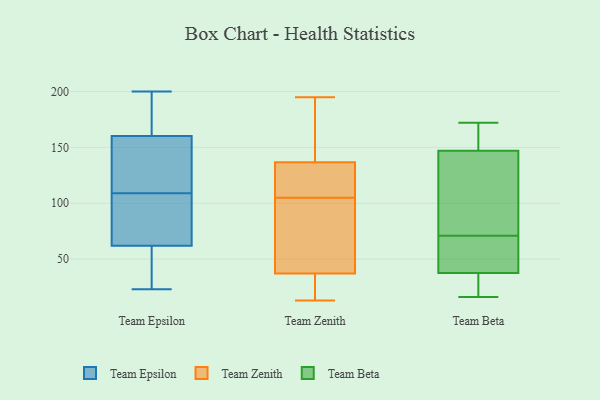
{"axis": {"x": "LTV (USD)", "y": "Value"}, "legend": ["Team Beta", "Team Epsilon", "Team Zenith"], "data": [{"x": "", "y": 104, "type": "Team Epsilon"}, {"x": "", "y": 23, "type": "Team Epsilon"}, {"x": "", "y": 90, "type": "Team Epsilon"}, {"x": "", "y": 143, "type": "Team Epsilon"}, {"x": "", "y": 118, "type": "Team Epsilon"}, {"x": "", "y": 171, "type": "Team Epsilon"}, {"x": "", "y": 166, "type": "Team Epsilon"}, {"x": "", "y": 200, "type": "Team Epsilon"}, {"x": "", "y": 122, "type": "Team Epsilon"}, {"x": "", "y": 65, "type": "Team Epsilon"}, {"x": "", "y": 61, "type": "Team Epsilon"}, {"x": "", "y": 170, "type": "Team Epsilon"}, {"x": "", "y": 109, "type": "Team Epsilon"}, {"x": "", "y": 50, "type": "Team Epsilon"}, {"x": "", "y": 25, "type": "Team Epsilon"}, {"x": "", "y": 112, "type": "Team Zenith"}, {"x": "", "y": 134, "type": "Team Zenith"}, {"x": "", "y": 13, "type": "Team Zenith"}, {"x": "", "y": 37, "type": "Team Zenith"}, {"x": "", "y": 122, "type": "Team Zenith"}, {"x": "", "y": 74, "type": "Team Zenith"}, {"x": "", "y": 195, "type": "Team Zenith"}, {"x": "", "y": 13, "type": "Team Zenith"}, {"x": "", "y": 154, "type": "Team Zenith"}, {"x": "", "y": 17, "type": "Team Zenith"}, {"x": "", "y": 105, "type": "Team Zenith"}, {"x": "", "y": 145, "type": "Team Zenith"}, {"x": "", "y": 37, "type": "Team Zenith"}, {"x": "", "y": 94, "type": "Team Zenith"}, {"x": "", "y": 123, "type": "Team Zenith"}, {"x": "", "y": 83, "type": "Team Zenith"}, {"x": "", "y": 194, "type": "Team Zenith"}, {"x": "", "y": 16, "type": "Team Beta"}, {"x": "", "y": 153, "type": "Team Beta"}, {"x": "", "y": 112, "type": "Team Beta"}, {"x": "", "y": 98, "type": "Team Beta"}, {"x": "", "y": 80, "type": "Team Beta"}, {"x": "", "y": 58, "type": "Team Beta"}, {"x": "", "y": 35, "type": "Team Beta"}, {"x": "", "y": 172, "type": "Team Beta"}, {"x": "", "y": 157, "type": "Team Beta"}, {"x": "", "y": 141, "type": "Team Beta"}, {"x": "", "y": 18, "type": "Team Beta"}, {"x": "", "y": 39, "type": "Team Beta"}, {"x": "", "y": 154, "type": "Team Beta"}, {"x": "", "y": 43, "type": "Team Beta"}, {"x": "", "y": 164, "type": "Team Beta"}, {"x": "", "y": 122, "type": "Team Beta"}, {"x": "", "y": 30, "type": "Team Beta"}, {"x": "", "y": 38, "type": "Team Beta"}, {"x": "", "y": 62, "type": "Team Beta"}, {"x": "", "y": 37, "type": "Team Beta"}]}